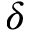
\delta